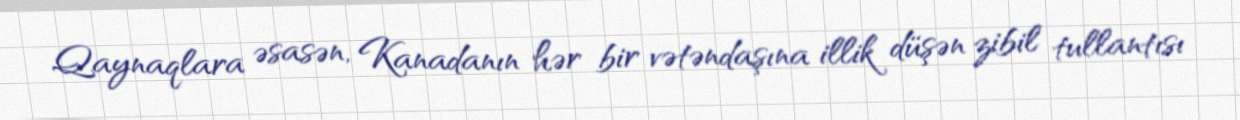
Qaynaqlara əsasən, Kanadanın hər bir vətəndaşına illik düşən zibil tullantısı